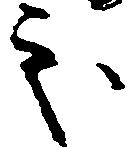
処